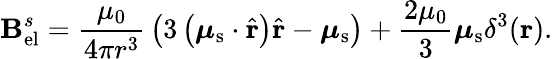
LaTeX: \mathbf{B}_{\mathrm{el}}^{s}={\frac{\mu_{0}}{4\pi r^{3}}}\left(3\left({\boldsymbol{\mu}}_{\mathrm{s}}\cdot{\hat{\mathbf{r}}}\right){\hat{\mathbf{r}}}-{\boldsymbol{\mu}}_{\mathrm{s}}\right)+{\frac{2\mu_{0}}{3}}{\boldsymbol{\mu}}_{\mathrm{s}}\delta^{3}(\mathbf{r}).